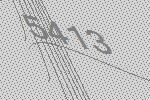
5413